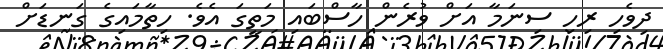
ދިވެހި ރިހި ސިނަމާ އަށް ވުރެން ހާސްބައި މަތީގަ އެވެ. ހިތާމައިގެ ގަނޑަށް